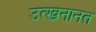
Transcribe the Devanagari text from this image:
उत्खनानत